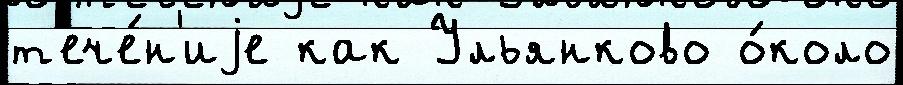
т'ече́н'иjе как Ульянково о́коло